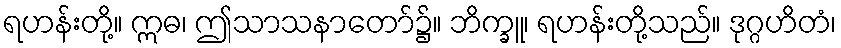
ရဟန်းတို့။ ဣဓ၊ ဤသာသနာတော်၌။ ဘိက္ခူ၊ ရဟန်းတို့သည်။ ဒုဂ္ဂဟိတံ၊